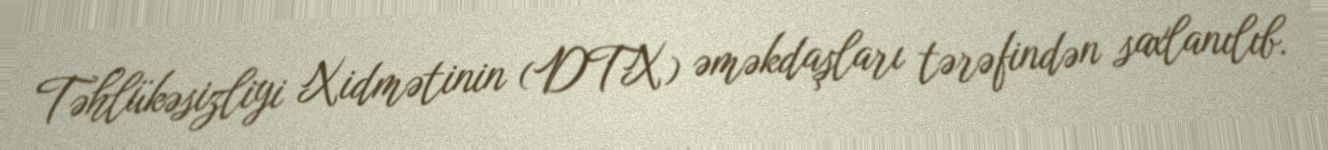
Təhlükəsizliyi Xidmətinin (DTX) əməkdaşları tərəfindən saxlanılıb.